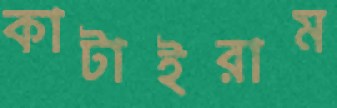
কাটাইরাম